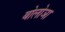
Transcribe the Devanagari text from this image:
बोलोञा